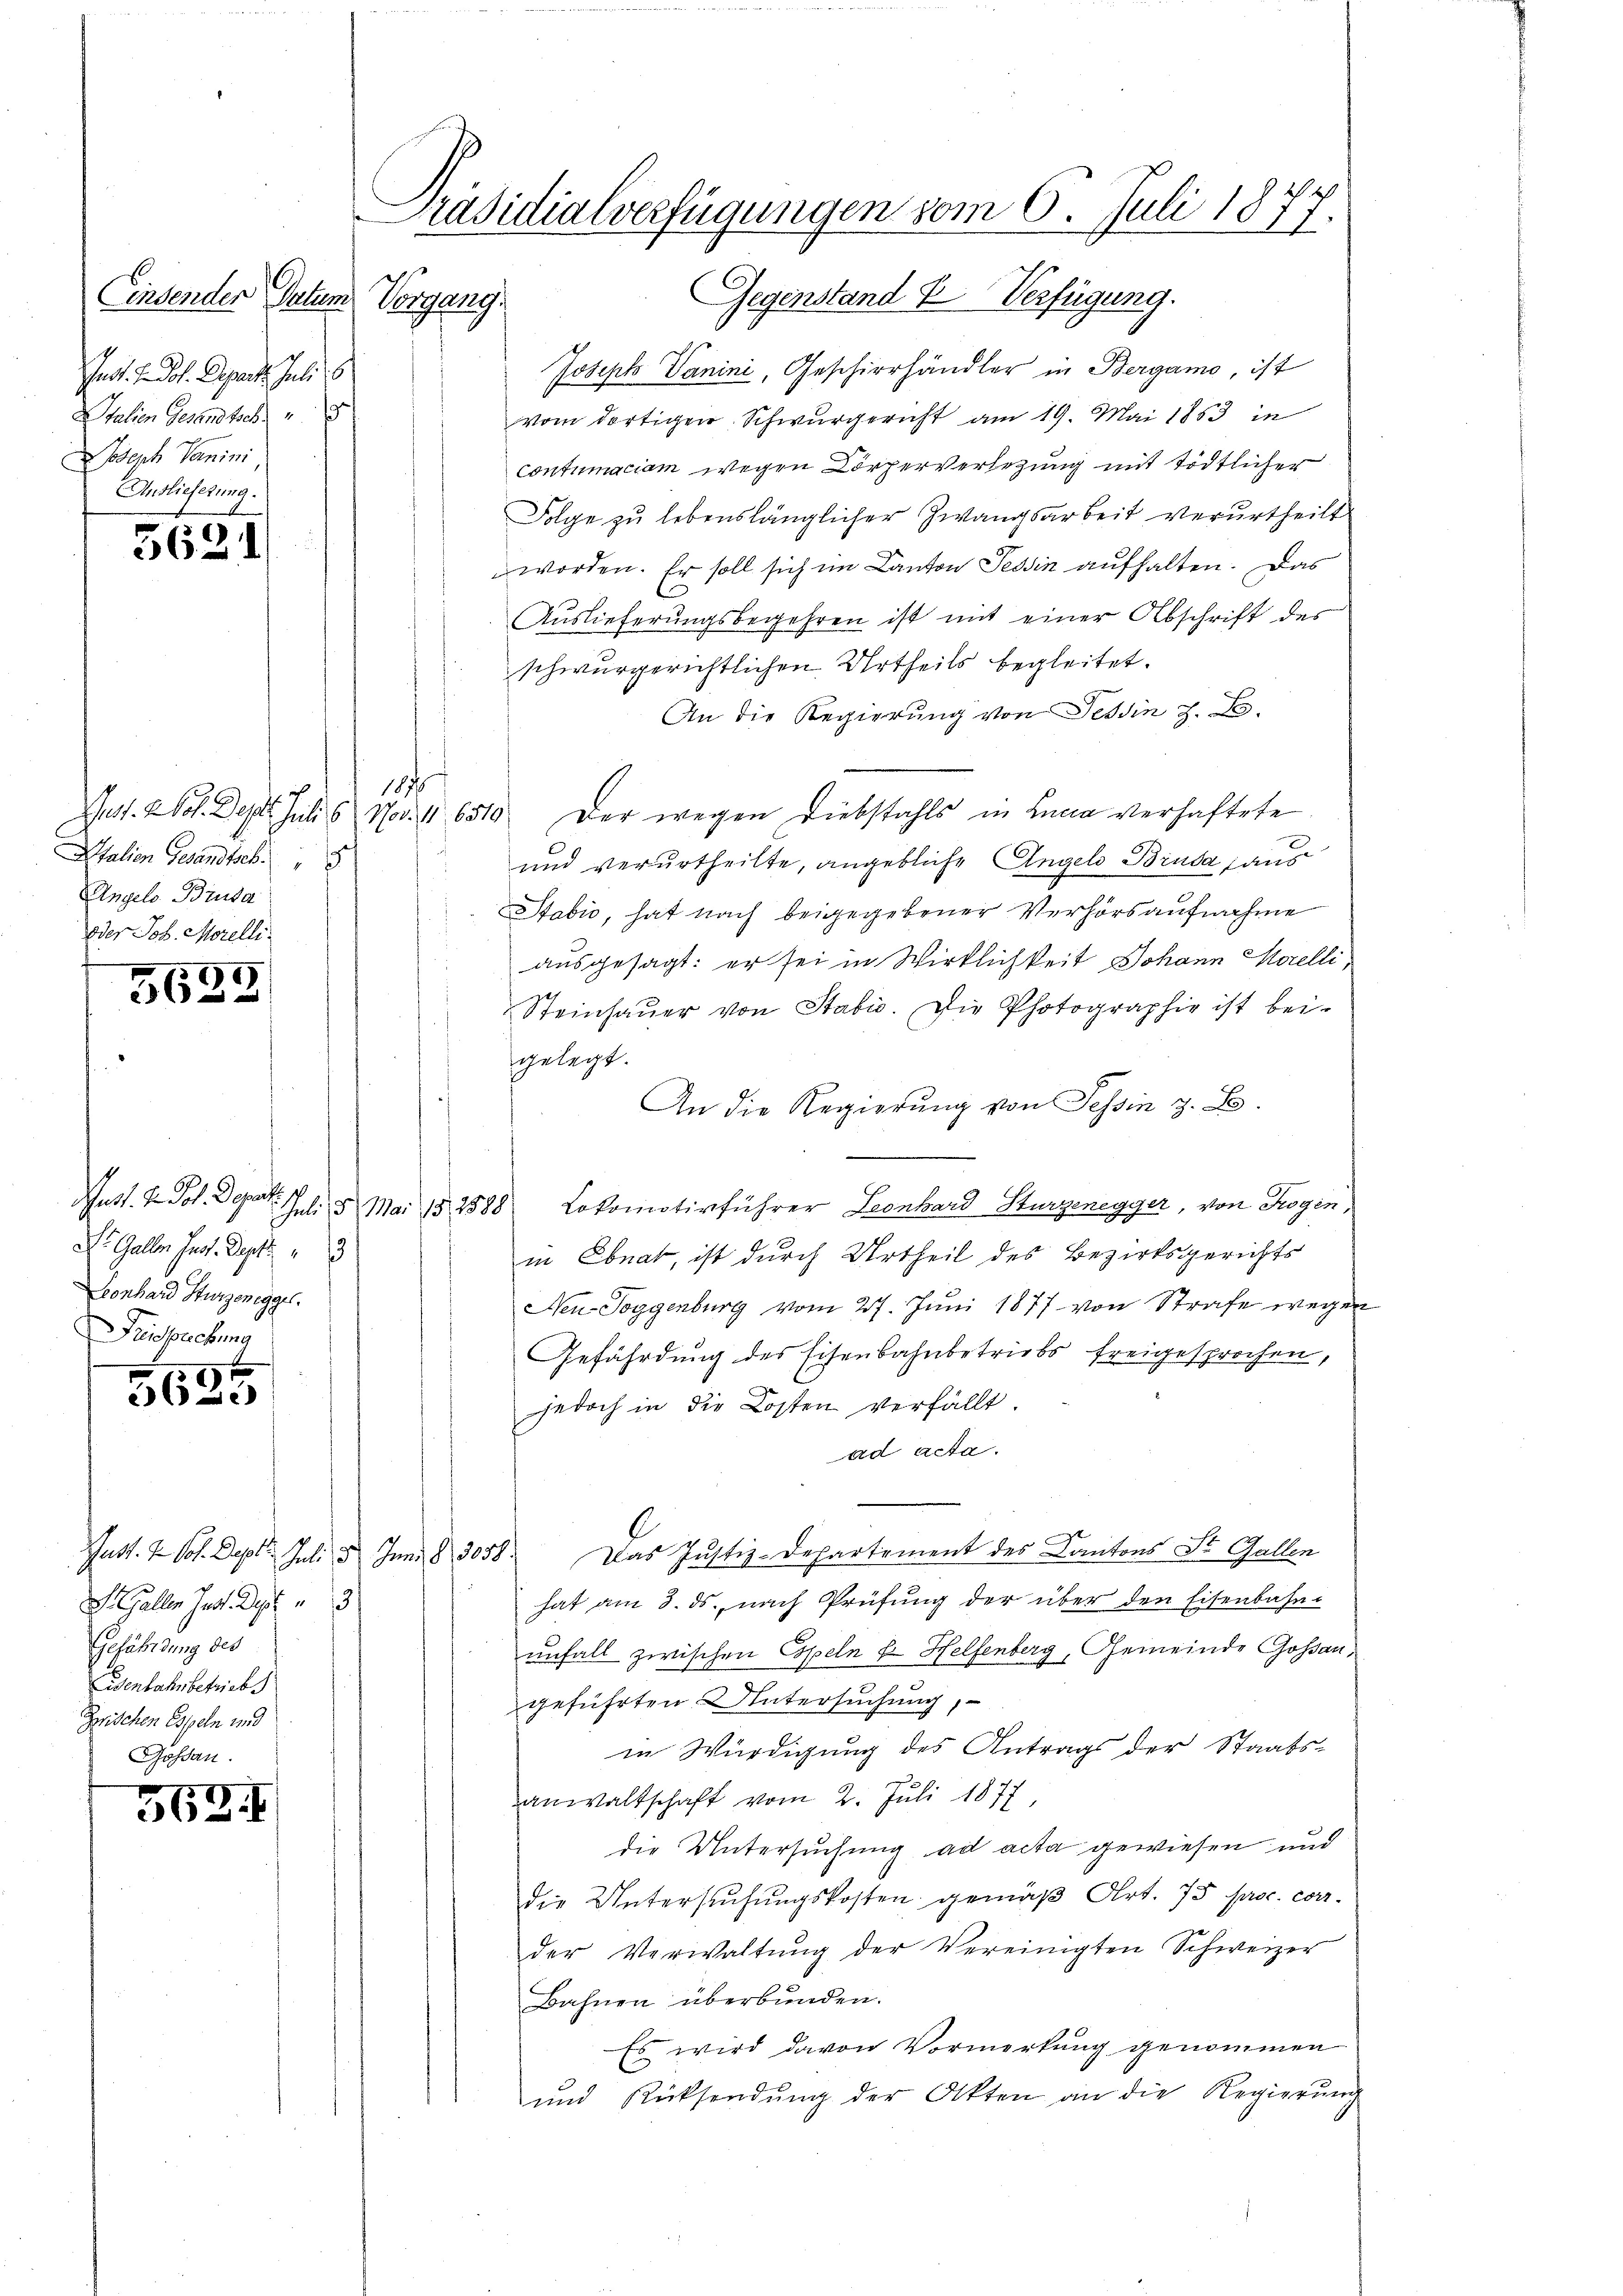
Einsenden Datum Vorgang
ndt. F. Joh. Depart. Juli 18
Italien Gesandtsch u
Joseph Vanini
Auslieferung.

5621

187
Nuss. 2 Vol. Dept. Juli 16. Nov. 11. 6510
Italien Gesandtsch
Angels Brusa
oder Joh. Morelli

I).
5625

Dr. Gallen Jun. Sept. 3
Leonhard Sturzenegge
Frisuchung

5625

Pact. 7. Joh. Depot Juli d. Juni 8 305
S. Gallen Inst. Dept. 3
Gefährdung des
Eisenbahnbetriebs
Zwischen Espeln und

362. I

Präsidialverfügungen vom 6. Juli 1877.
Gegenstand & Verfügung.

Joseph Panini, Geschierhändler in Bergamo, ist
vom dortigen Schwurgericht am 19. Mai 1883 in
contumaciam wegen Körperverlegung mit tödtlicher
Folge zu lebenslänglicher Zwangsarbeit verurtheilt
worden. Er soll sich im Canton Tessin aufhalten. Das
Auslieferungsbegehren ist mit einer Abschrift des
schwurgerichtlichen Urtheils begleitet.
An die Regierung von Tessin z. B.
Der wegen Diebstahls in Lucia verhaftete
und verurtheilte, angebliche Angels Brusa aus
Stabić, hat nach beigegebener Verhörsaufnahme
ausgesagt: er sei in Wirklichkeit Johann Morelli,
Steinhaŭer von Stabis. Die Photographie ist bei
gelegt.
An die Regierung von Tessin z. B.
Just. V. Jos. Depart. 71. 8. Mai 182588 Lokomotivführer Leonhard Sturzenegger, von Rogen,
in Ebnat, ist durch Urtheil des Bezirksgerichts
Neu-Soggenburg vom 27. Juni 1877 von Strafe wegen
Gefährdung des Eisenbahnbetriebs freigesprochen,
jedoch in die Kosten verfällt.
ad acta.
Das Justiz-Departement des Kantons St. Gallen
hat am 8. ds., nach Prüfung der über den Eisenbahn-
unfall zwischen Copeln k. Helfenberg, Gemeinde Goßangeführten Untersuchung,
in Würdigung des Antrags der Staatsanwaltschaft vom 2. Juli 1877,
die Untersuchung ad acta gewiesen und
die Untersuchungskosten gemäβ Art. 75 proc. corr
der Verwaltung der Vereinigten Schweizer
Bahnen überbunden.
Es wird davon Vormerkung genommen
und Rücksendŭng der Akten an die Regierŭng